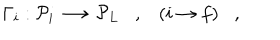
\Gamma _ { i } : { \cal P } _ { i } \longrightarrow { \cal P } _ { L } , ( i \rightarrow f ) ,